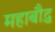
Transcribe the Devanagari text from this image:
महाबौद्ध